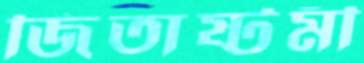
জিতাষ্টমী